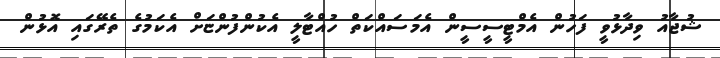
ޝުޖާއު ވިދާޅުވީ ފަހުން އެމްޓީސީސީން އެމަސައްކަތް ހުއްޓާލީ އެކުންފުންޏަށް އެކަމުގެ ތެރޭގައި އޮޅުން